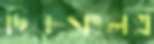
দিকসংলগ্ন